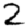
Digit: 2